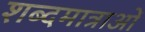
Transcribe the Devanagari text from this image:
शब्दमात्राओं